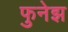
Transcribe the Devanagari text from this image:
फुनेझ